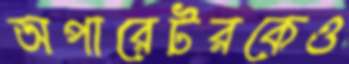
অপারেটরকেও